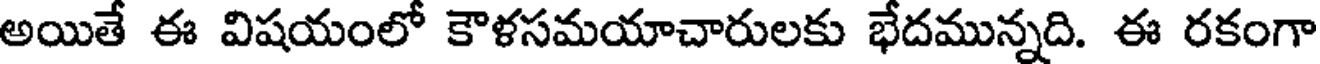
అయితే ఈ విషయంలో కౌళసమయాచారులకు భేదమున్నది. ఈ రకంగా